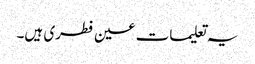
یہ تعلیمات عین فطری ہیں۔